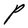
Character: P